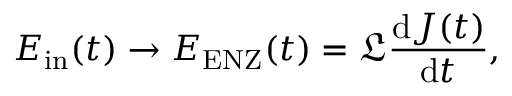
E _ { \mathrm { i n } } ( t ) \to E _ { \mathrm { E N Z } } ( t ) = \mathfrak { L } \frac { \mathrm { d } J ( t ) } { \mathrm { d } t } ,